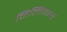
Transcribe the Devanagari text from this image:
मिलिगार्थ